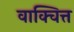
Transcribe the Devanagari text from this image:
वाक्चित्त